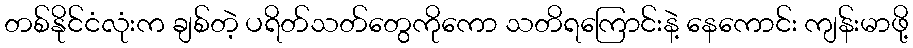
တစ်နိုင်ငံလုံးက ချစ်တဲ့ ပရိတ်သတ်တွေကိုကော သတိရကြောင်းနဲ့ နေကောင်း ကျန်းမာဖို့